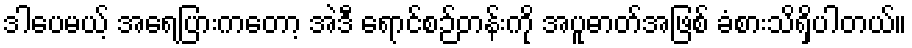
ဒါပေမယ့် အရေပြားကတော့ အဲဒီ ရောင်စဉ်တန်းကို အပူဓာတ်အဖြစ် ခံစားသိရှိပါတယ်။